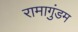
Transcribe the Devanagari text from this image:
रामागुंडम